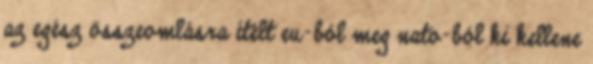
az egész összeomlásra ítélt eu-ból meg nato-ból ki kellene